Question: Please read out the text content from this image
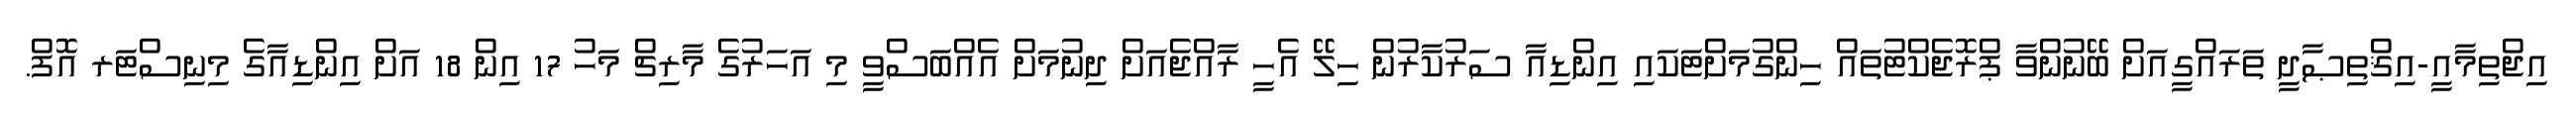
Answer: އިޖްތިމާއީ-އިޤްތިޞާދީ ތަރައްގީއަށް ބޭނުންވާ ޕްރޮޖެކްޓުތައް ހިންގުމަށްޓަކައި އިންޑިއާ ސަރުކާރުން ހިލޭ އެހީ ރާއްޖެއަށް ދިނުމަށް އެއްބަސްވީ މި އަހަރުގެ މާރިޗް މަހު 17 އިން 18 އަށް އިންޑިއާގެ މިނިސްޓަރ އޮފް.